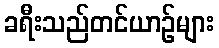
ခရီးသည်တင်ယာဉ်များ